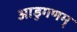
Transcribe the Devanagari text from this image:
आडुगणम्